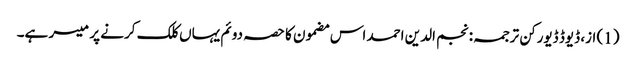
(1) از، ڈیوڈ ڈیورکن ترجمہ: نجم الدین احمد اس مضمون کا حصہ دوئم یہاں کلک کرنے پر میسر ہے۔